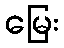
မြေး